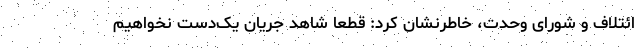
ائتلاف و شورای وحدت، خاطرنشان کرد: قطعا شاهد جریان یک‌دست نخواهیم